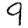
Digit: 9